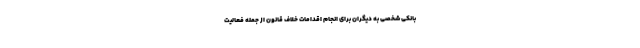
بانکی شخصی به دیگران برای انجام اقدامات خلاف قانون از جمله فعالیت